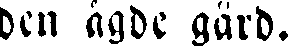
den ägde gård.